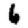
Digit: 6